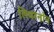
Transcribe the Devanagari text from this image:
लिवरनॉन